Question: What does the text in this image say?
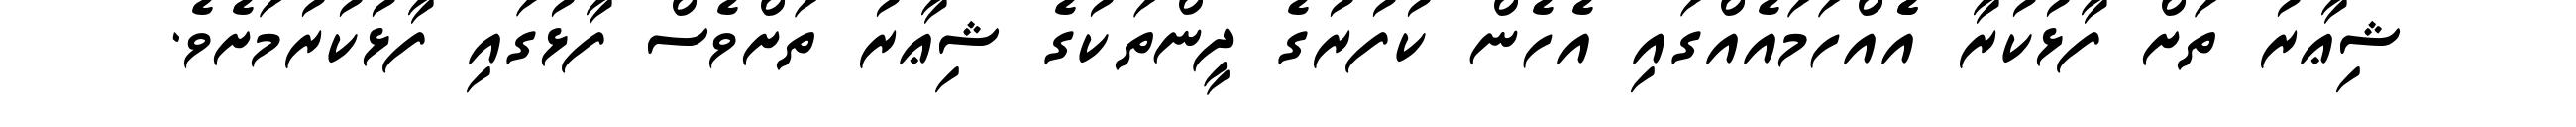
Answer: ޝިޢާރު ތަށް ފާޅުކުރާ އެެއްހަމައެއްގައި އެހެން ކުފުރުގެ ދީންތަކުގެ ޝިޢާރު ތަށްވެސް ފާޅުގައި ފާޅުކުރުމަށެވެ.